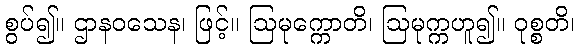
စွပ်၍။ ဌာနဝသေန၊ ဖြင့်။ ဩမုက္ကောတိ၊ ဩမုက္ကဟူ၍။ ဝုစ္စတိ၊